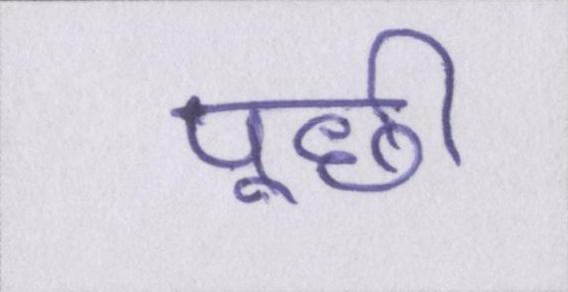
पूछी